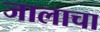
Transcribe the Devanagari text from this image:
जालाचा